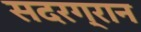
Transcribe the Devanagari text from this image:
सदरग्रान